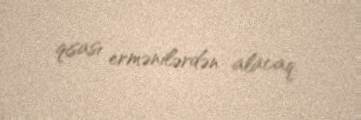
qisası ermənilərdən alacaq.